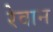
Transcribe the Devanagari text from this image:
रेवान